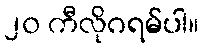
၂၀ ကီလိုဂရမ်ပါ။